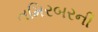
તમિરબરની